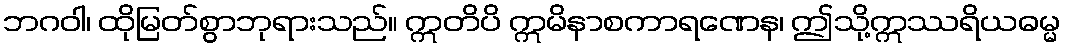
ဘဂဝါ၊ ထိုမြတ်စွာဘုရားသည်။ ဣတိပိ ဣမိနာစကာရဏေန၊ ဤသို့ဣဿရိယဓမ္မ